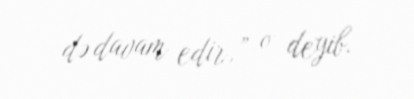
də davam edir,” o deyib.